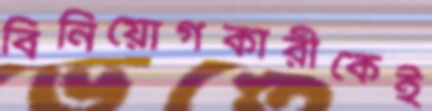
বিনিয়োগকারীকেই